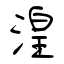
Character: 湟